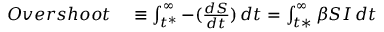
\begin{array} { r l } { O v e r s h o o t } & { { } \equiv \int _ { t ^ { * } } ^ { \infty } - ( \frac { d S } { d t } ) \, d t = \int _ { t * } ^ { \infty } \beta S I \, d t } \end{array}